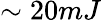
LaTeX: \sim 20mJ